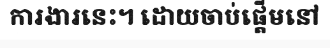
ការងារនេះ។ ដោយចាប់ផ្តើមនៅ